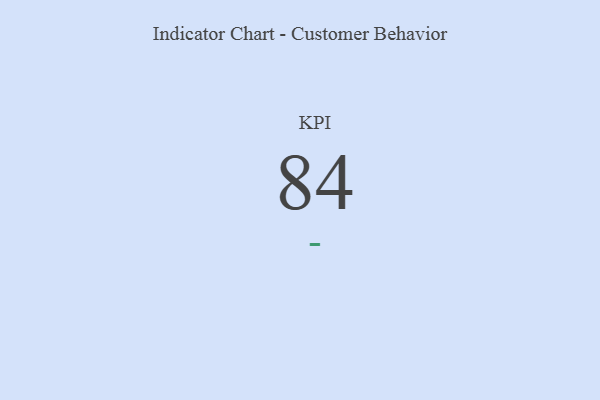
{"axis": {"x": "KPI", "y": "Value"}, "legend": [""], "data": [{"x": "KPI", "y": 84, "type": ""}]}